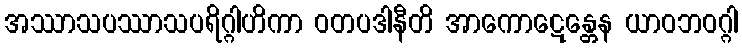
အဿာသပဿာသပရိဂ္ဂါဟိကာ ဝတပဒါနီတိ အာကောဋေန္တေန ယာဝဘဝဂ္ဂါ